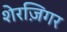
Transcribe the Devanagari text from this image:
शेरज़िगर